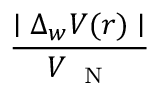
\frac { \mid \Delta _ { w } V ( r ) \mid } { V _ { \mathrm { ~ \scriptsize ~ N ~ } } }